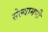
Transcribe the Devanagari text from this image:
सेल्वामणी